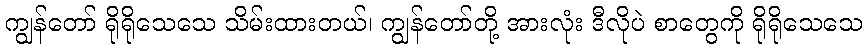
ကျွန်တော် ရိုရိုသေသေ သိမ်းထားတယ်၊ ကျွန်တော်တို့ အားလုံး ဒီလိုပဲ စာတွေကို ရိုရိုသေသေ